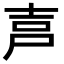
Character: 𡱠